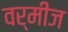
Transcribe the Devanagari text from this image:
वर्मीज